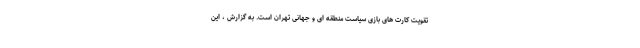
تقویت کارت های بازی سیاست منطقه ای و جهانی تهران است. به گزارش ، این